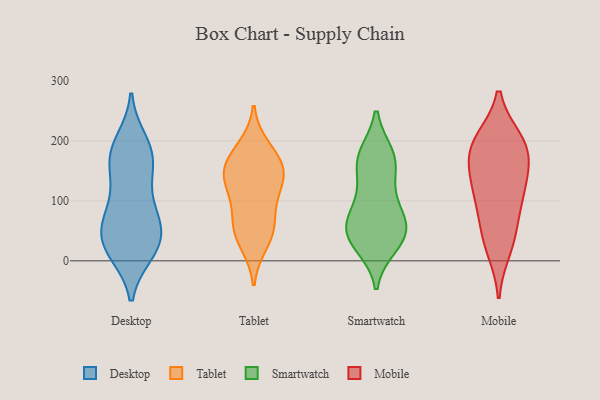
{"axis": {"x": "Budget (USD K)", "y": "Value"}, "legend": ["Desktop", "Mobile", "Smartwatch", "Tablet"], "data": [{"x": "", "y": 69, "type": "Desktop"}, {"x": "", "y": 13, "type": "Desktop"}, {"x": "", "y": 139, "type": "Desktop"}, {"x": "", "y": 157, "type": "Desktop"}, {"x": "", "y": 175, "type": "Desktop"}, {"x": "", "y": 84, "type": "Desktop"}, {"x": "", "y": 180, "type": "Desktop"}, {"x": "", "y": 64, "type": "Desktop"}, {"x": "", "y": 47, "type": "Desktop"}, {"x": "", "y": 41, "type": "Desktop"}, {"x": "", "y": 194, "type": "Desktop"}, {"x": "", "y": 74, "type": "Desktop"}, {"x": "", "y": 40, "type": "Desktop"}, {"x": "", "y": 200, "type": "Desktop"}, {"x": "", "y": 20, "type": "Desktop"}, {"x": "", "y": 16, "type": "Desktop"}, {"x": "", "y": 165, "type": "Desktop"}, {"x": "", "y": 13, "type": "Desktop"}, {"x": "", "y": 113, "type": "Desktop"}, {"x": "", "y": 157, "type": "Tablet"}, {"x": "", "y": 51, "type": "Tablet"}, {"x": "", "y": 76, "type": "Tablet"}, {"x": "", "y": 126, "type": "Tablet"}, {"x": "", "y": 151, "type": "Tablet"}, {"x": "", "y": 30, "type": "Tablet"}, {"x": "", "y": 140, "type": "Tablet"}, {"x": "", "y": 169, "type": "Tablet"}, {"x": "", "y": 54, "type": "Tablet"}, {"x": "", "y": 188, "type": "Tablet"}, {"x": "", "y": 116, "type": "Tablet"}, {"x": "", "y": 52, "type": "Smartwatch"}, {"x": "", "y": 173, "type": "Smartwatch"}, {"x": "", "y": 159, "type": "Smartwatch"}, {"x": "", "y": 118, "type": "Smartwatch"}, {"x": "", "y": 94, "type": "Smartwatch"}, {"x": "", "y": 50, "type": "Smartwatch"}, {"x": "", "y": 169, "type": "Smartwatch"}, {"x": "", "y": 35, "type": "Smartwatch"}, {"x": "", "y": 26, "type": "Smartwatch"}, {"x": "", "y": 176, "type": "Smartwatch"}, {"x": "", "y": 65, "type": "Smartwatch"}, {"x": "", "y": 70, "type": "Smartwatch"}, {"x": "", "y": 39, "type": "Smartwatch"}, {"x": "", "y": 200, "type": "Mobile"}, {"x": "", "y": 99, "type": "Mobile"}, {"x": "", "y": 197, "type": "Mobile"}, {"x": "", "y": 182, "type": "Mobile"}, {"x": "", "y": 119, "type": "Mobile"}, {"x": "", "y": 37, "type": "Mobile"}, {"x": "", "y": 62, "type": "Mobile"}, {"x": "", "y": 145, "type": "Mobile"}, {"x": "", "y": 167, "type": "Mobile"}, {"x": "", "y": 196, "type": "Mobile"}, {"x": "", "y": 20, "type": "Mobile"}, {"x": "", "y": 118, "type": "Mobile"}]}